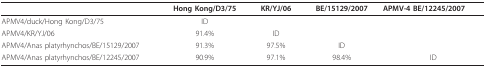
|  | Hong Kong/D3/75 | KR/YJ/06 | BE/15129/2007 | APMV-4 BE/12245/2007 |
 | --- | --- | --- | --- | --- |
 | APMV4/duck/Hong Kong/D3/75 | ID |  |  |  |
 | APMV4/KR/YJ/06 | 91.4% | ID |  |  |
 | APMV4/Anas platyrhynchos/BE/15129/2007 | 91.3% | 97.5% | ID |  |
 | APMV4/Anas platyrhynchos/BE/12245/2007 | 90.9% | 97.1% | 98.4% | ID |